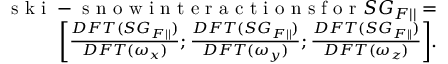
\begin{array} { r } { \mathrm { ~ s ~ k ~ i ~ - ~ s ~ n ~ o ~ w ~ i ~ n ~ t ~ e ~ r ~ a ~ c ~ t ~ i ~ o ~ n ~ s ~ f ~ o ~ r ~ } S G _ { F | | } = } \\ { \bigg [ \frac { D F T ( S G _ { F | | } ) } { D F T ( \omega _ { x } ) } ; \frac { D F T ( S G _ { F | | } ) } { D F T ( \omega _ { y } ) } ; \frac { D F T ( S G _ { F | | } ) } { D F T ( \omega _ { z } ) } \bigg ] . } \end{array}